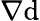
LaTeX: \nabla\mathrm{d}